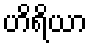
ဟိရိယာ